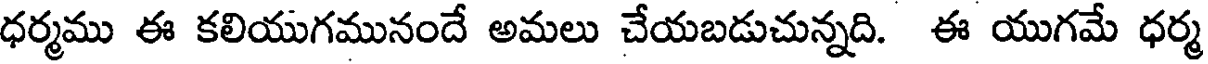
ధర్మము ఈ కలియుగమునందే అమలు చేయబడుచున్నది. ఈ యుగమే ధర్మ